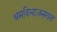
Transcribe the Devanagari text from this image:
श्रमविभाजनगत